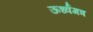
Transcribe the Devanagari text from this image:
ऊर्ध्वगत्र